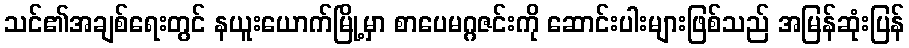
သင်၏အချစ်ရေးတွင် နယူးယောက်မြို့မှာ စာပေမဂ္ဂဇင်းကို ဆောင်းပါးများဖြစ်သည် အမြန်ဆုံးပြန်